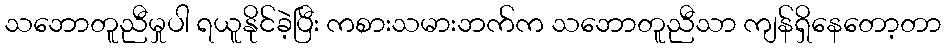
သဘောတူညီမှုပါ ရယူနိုင်ခဲ့ပြီး ကစားသမားဘက်က သဘောတူညီသာ ကျန်ရှိနေတော့တာ